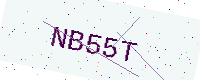
Text: NB55T